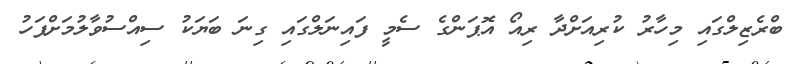
ބްރެޒިލްގައި މިހާރު ކުރިއަށްދާ ރިއޯ އޮޕަންގެ ސެމީ ފައިނަލްގައި ގިނަ ބަޔަކު ސިއްސުވާލުމަށްފަހު